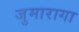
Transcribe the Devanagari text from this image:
जुमारागा